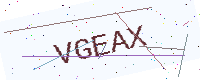
Text: VGEAX